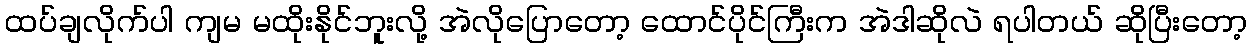
ထပ်ချလိုက်ပါ ကျမ မထိုးနိုင်ဘူးလို့ အဲလိုပြောတော့ ထောင်ပိုင်ကြီးက အဲဒါဆိုလဲ ရပါတယ် ဆိုပြီးတော့